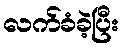
လက်ခံခဲ့ပြီး